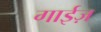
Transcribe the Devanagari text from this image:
गाईज़